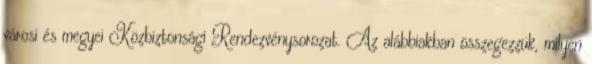
városi és megyei Közbiztonsági Rendezvénysorozat. Az alábbiakban összegezzük, milyen